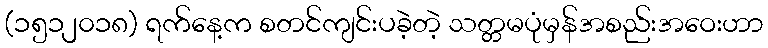
(၁၅၁၂၀၁၈) ရက်နေ့က စတင်ကျင်းပခဲ့တဲ့ သတ္တမပုံမှန်အစည်းအဝေးဟာ